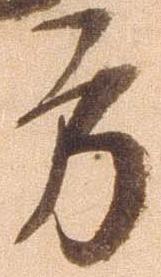
方